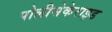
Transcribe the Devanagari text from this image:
पोलीसेकेराइड